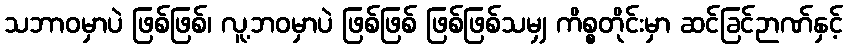
သဘာဝမှာပဲ ဖြစ်ဖြစ်၊ လူ့ဘဝမှာပဲ ဖြစ်ဖြစ် ဖြစ်ဖြစ်သမျှ ကိစ္စတိုင်းမှာ ဆင်ခြင်ဉာဏ်နှင့်